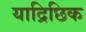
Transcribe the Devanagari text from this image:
याद्रिछिक